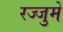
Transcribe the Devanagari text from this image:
रज्जुमें